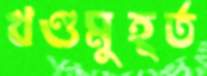
খণ্ডমুহূর্ত